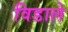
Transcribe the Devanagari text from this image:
विडाले